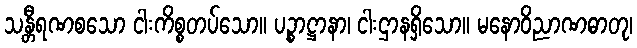
သန္တီရဏစသော ငါးကိစ္စတပ်သော။ ပဉ္စာဋ္ဌာနာ၊ ငါးဌာနရှိသော။ မနောဝိညာဏဓာတု၊